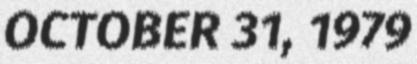
OCTOBER 31, 1979